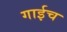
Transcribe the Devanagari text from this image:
गाईच